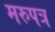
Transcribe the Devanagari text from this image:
मरुपत्र